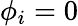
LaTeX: \phi_{i}=0